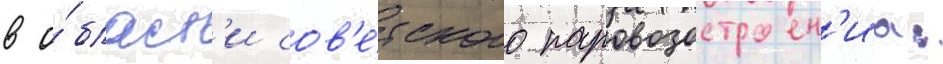
в о́бласт'и сов'е́тского паровозостроен'иа: